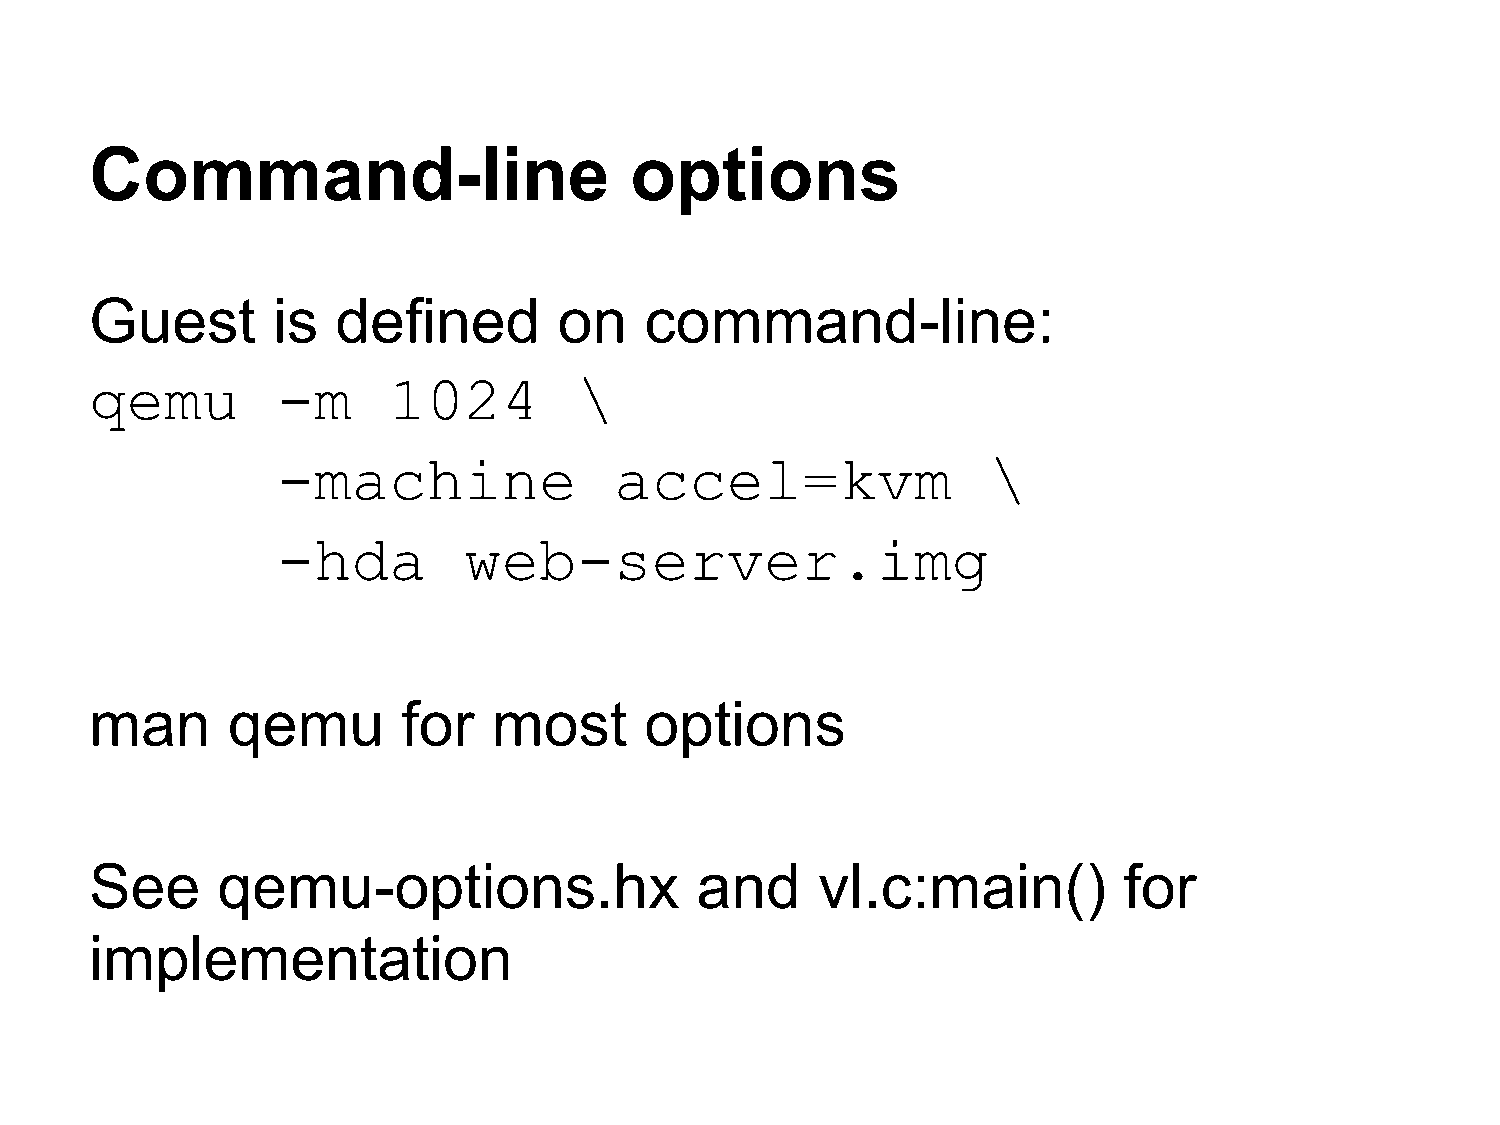
Command-line                        options
 Guest       is  defined        on    command-line:
 qemu        -m      1024        \
 -machine               accel=kvm               \
 -hda         web-server.img
 man      qemu        for   most      options
 See     qemu-options.hx                 and     vl.c:main()         for
 implementation